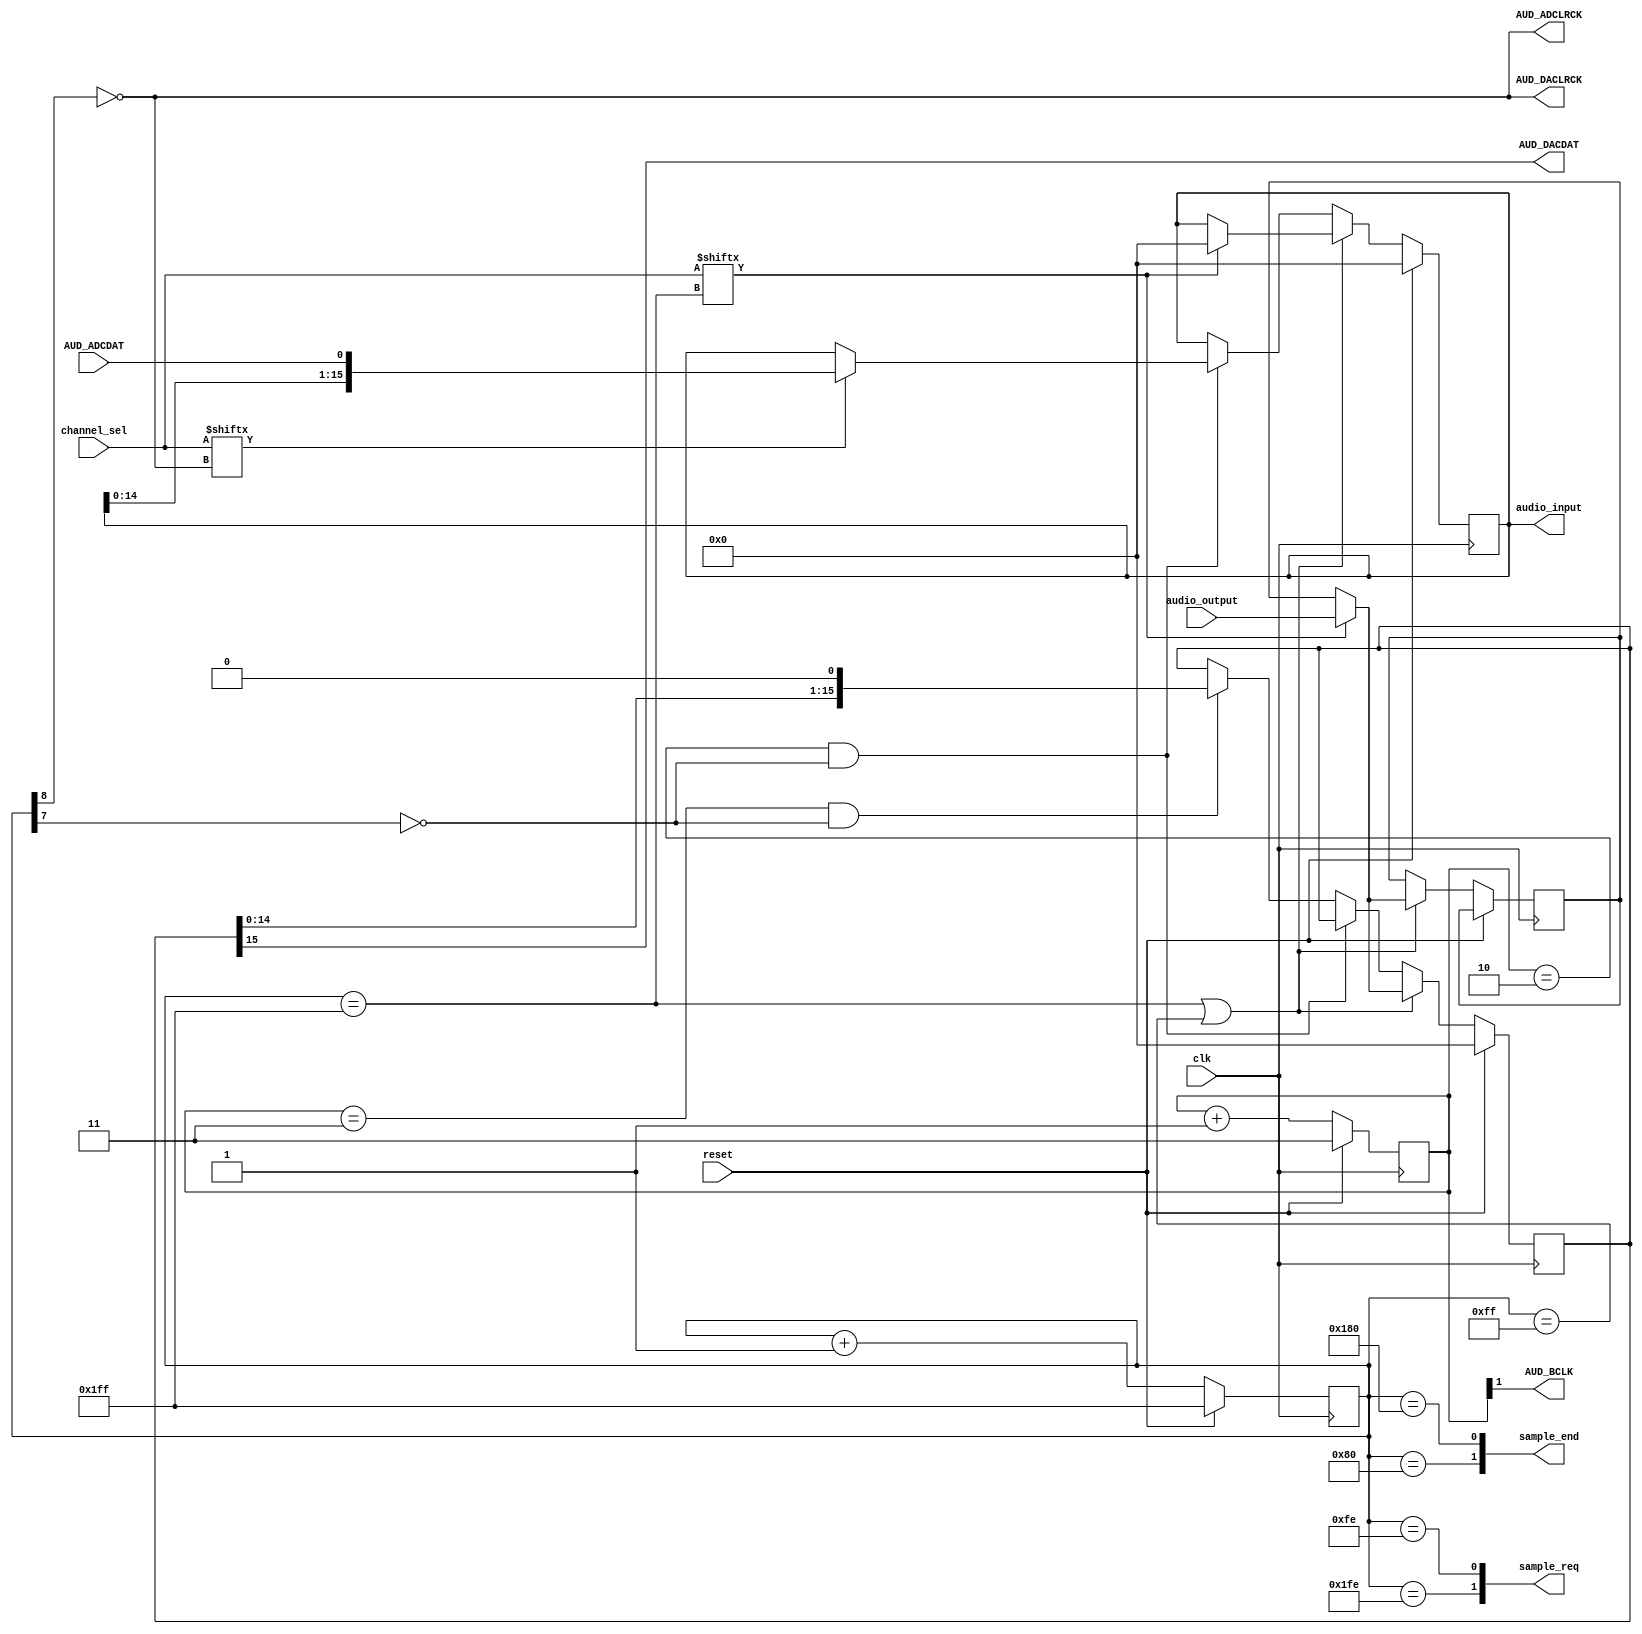
module audio_codec (
    input  clk,
    input  reset,
    output [1:0]  sample_end,
    output [1:0]  sample_req,
    input  [15:0] audio_output,
    output [15:0] audio_input,
    // 1 - left, 0 - right
    input  [1:0] channel_sel,

    output AUD_ADCLRCK,
    input AUD_ADCDAT,
    output AUD_DACLRCK,
    output AUD_DACDAT,
    output AUD_BCLK
);

//reg [7:0] lrck_divider;  //256 times slower than the master clock frequency
reg [8:0] lrck_divider; //512 times slower than the master clock frequency
reg [1:0] bclk_divider; // a quarter the frequency of the master clock

reg [15:0] shift_out;
reg [15:0] shift_temp;
reg [15:0] shift_in;

//wire lrck = !lrck_divider[7];
wire lrck = !lrck_divider[8];


assign AUD_ADCLRCK = lrck;
assign AUD_DACLRCK = lrck;
assign AUD_BCLK = bclk_divider[1];
assign AUD_DACDAT = shift_out[15];

always @(posedge clk) begin
    if (reset) begin
        //lrck_divider <= 8'hff;
		  lrck_divider <= 9'h1ff;
                  bclk_divider <= 2'b11;
    end else begin
        lrck_divider <= lrck_divider + 1'b1;
        bclk_divider <= bclk_divider + 1'b1;
    end
end

//assign sample_end[1] = (lrck_divider == 8'h40);
assign sample_end[1] = (lrck_divider == 9'h80);//512/4
//assign sample_end[0] = (lrck_divider == 8'hc0);
assign sample_end[0] = (lrck_divider == 9'h180);//512/4*3
assign audio_input = shift_in;
//assign sample_req[1] = (lrck_divider == 8'hfe);
assign sample_req[1] = (lrck_divider == 9'h1fe); //512-2
//assign sample_req[0] = (lrck_divider == 8'h7e);
assign sample_req[0] = (lrck_divider == 9'hfe);//512/2-2

wire clr_lrck = (lrck_divider == 9'hff);
wire set_lrck = (lrck_divider == 9'h1ff);
// high right after bclk is set
wire set_bclk = (bclk_divider == 2'b10 && !lrck_divider[7]);
// high right before bclk is cleared
wire clr_bclk = (bclk_divider == 2'b11 && !lrck_divider[7]);

always @(posedge clk) begin
    if (reset) begin
        shift_out <= 16'h0;
        shift_in <= 16'h0;
        shift_in <= 16'h0;
    end else if (set_lrck || clr_lrck) begin
        // check if current channel is selected
        if (channel_sel[set_lrck]) begin
            shift_out <= audio_output;
            shift_temp <= audio_output;
            shift_in <= 16'h0;
        // repeat the sample from the other channel if not
        end else shift_out <= shift_temp;
    end else if (set_bclk == 1) begin
        // only read in if channel is selected
        if (channel_sel[lrck])
            shift_in <= {shift_in[14:0], AUD_ADCDAT};
    end else if (clr_bclk == 1) begin
        shift_out <= {shift_out[14:0], 1'b0};
    
end
end

endmodule